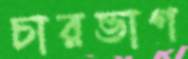
চারভাগ